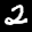
Label: 2